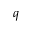
q